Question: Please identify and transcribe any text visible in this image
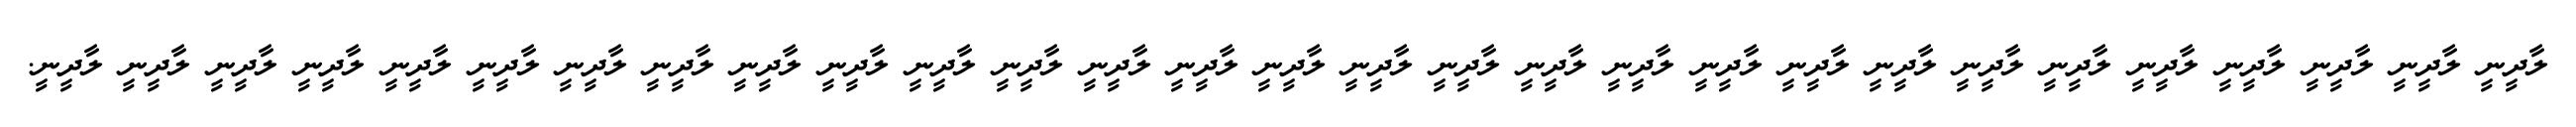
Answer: ލާދީނީ ލާދީނީ ލާދީނީ ލާދީނީ ލާދީނީ ލާދީނީ ލާދީނީ ލާދީނީ ލާދީނީ ލާދީނީ ލާދީނީ ލާދީނީ ލާދީނީ ލާދީނީ ލާދީނީ ލާދީނީ ލާދީނީ ލާދީނީ ލާދީނީ ލާދީނީ ލާދީނީ ލާދީނީ ލާދީނީ ލާދީނީ ލާދީނީ ލާދީނީ ލާދީނީ ލާދީނީ ލާދީނީ.